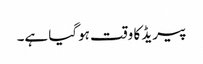
پیریڈ کا وقت ہوگیا ہے۔